Indian journal of veterinary science and animal husbandry - Volume 2,
Year: 1932
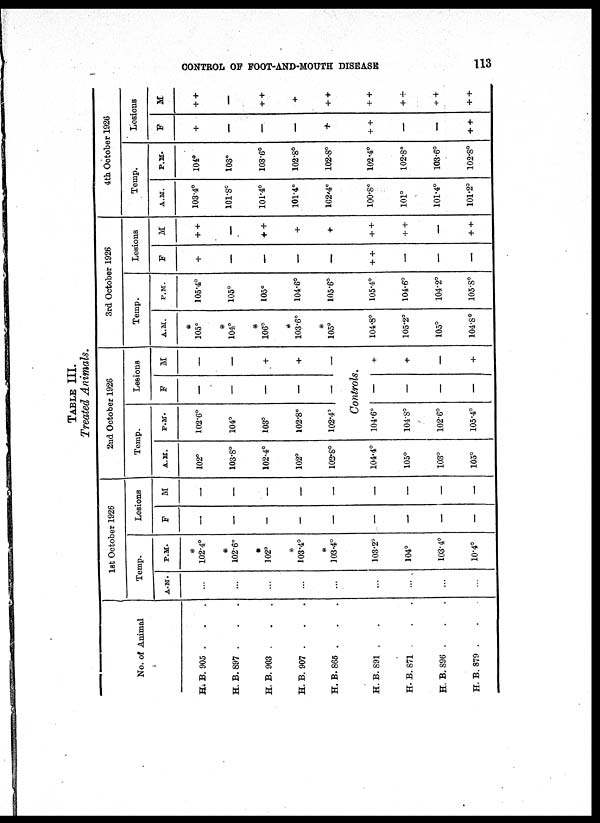
CONTROL OF FOOT-AND-MOUTH DISEASE
113
TABLE III.
Treated Animals.
No. of Animal
H. B. 905 . . .
H. B. 897 . . .
H. B. 903 . . .
H. B. 907 . . .
H. B. 865 . . .
1 st October 1926
Temp.
A.M.
...
...
...
...
...
P.M.
*
102.4°
*
102.6°
*
102°
*
103.4°
*
103.4°
Lesions
F
—
—
—
—
—
M
—
—
—
—
—
2nd October 1926
Temp.
A. M.
102°
103.8°
102.4°
102°
102.8°
H. B. 891 . . .
H.B. 871 . .
H. B.896 . . .
H. B. 879 . . .
...
...
...
...
103.2°
104°
103.4°
10.4°
—
—
—
—
—
—
—
—
104.4°
105°
103°
105°
P.M.
102.6°
104°
103°
102.8°
102.4°
Lesions
F
—
—
—
—
—
M
—
—
+
+
—
Controls.
104.6°
104.8°
102.6°
105.4°
—
—
—
—
+
+
—
+
3rd October 1926
Temp.
A.M.
*
105°
*
104°
*
106°
*
103.6°
*
105°
P.M.
105.4°
105°
105°
104.6°
105.6°
Lesions
F
+
—
—
—
—
M
+ +
—
+ +
+
+
4th October 1926
Temp.
A.M.
103.4°
101.8°
101.4°
101.4°
102.4°
P.M.
104°
103°
103.6°
102.8°
102.8°
Lesions
F
+
—
—
—
+
M
+ +
—
+ +
+
+ +
104.8°
105.2°
105°
104.8°
105.4°
104.6°
104.2°
105.8°
+ +
—
—
—
+ +
+ +
—
+ +
100.8°
101°
101.4°
101.2°
102.4°
102.8°
103.6°
102.8°
+ +
—
—
+ +
+ +
+ +
+ +
+ +